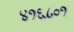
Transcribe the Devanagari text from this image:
४१६८०१